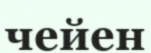
чейен